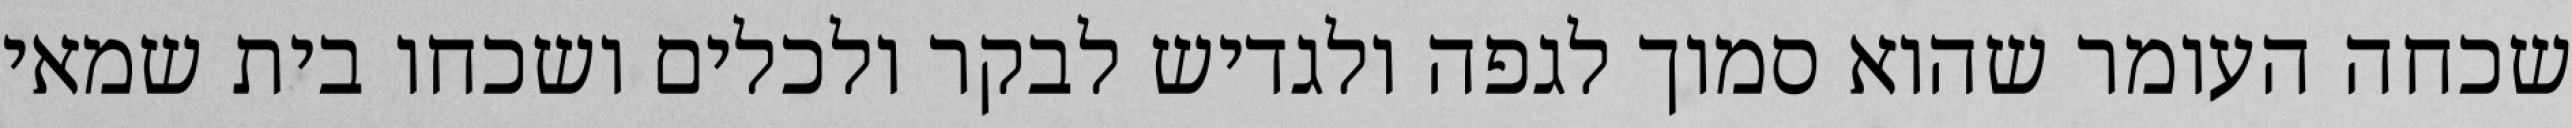
שכחה העומר שהוא סמוך לגפה ולגדיש לבקר ולכלים ושכחו בית שמאי